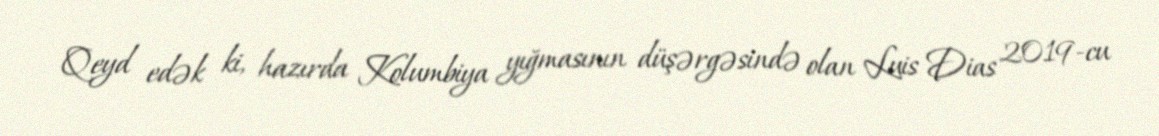
Qeyd edək ki, hazırda Kolumbiya yığmasının düşərgəsində olan Luis Dias 2019-cu